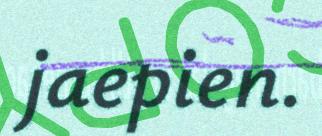
jaepien.